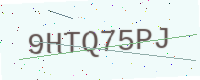
Text: 9HTQ75PJ